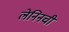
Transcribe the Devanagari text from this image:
लेनिनची